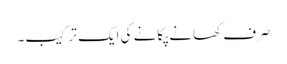
صرف کھانے پکانے کی ایک ترکیب۔